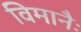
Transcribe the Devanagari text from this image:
विमानैः